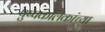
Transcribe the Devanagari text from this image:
पुष्पकलिकांच्या